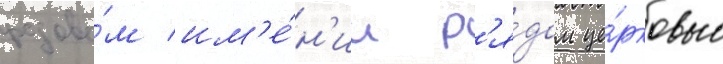
родово́м им'е́н'ии р'я́дом це́рковью